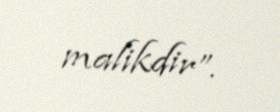
malikdir”.